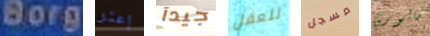
Borg إعثر جيدآ للعقل مسجل مالوري